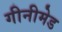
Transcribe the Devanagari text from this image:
गीनीमेड